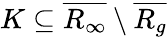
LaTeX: K\subseteq\overline{{R_{\infty}}}\setminus\overline{{R_{g}}}